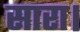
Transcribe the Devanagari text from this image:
सारा।